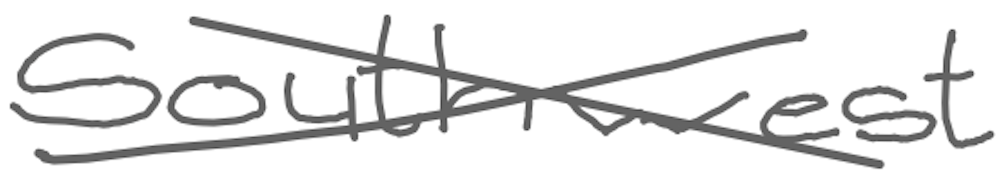
Text: southwest
Cross-out: cross
Writing tool: digital_gray